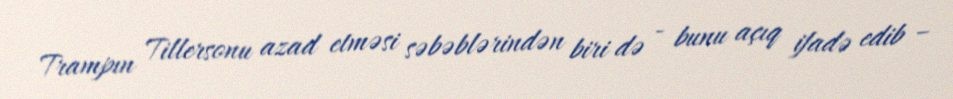
Trampın Tillersonu azad etməsi səbəblərindən biri də - bunu açıq ifadə edib –